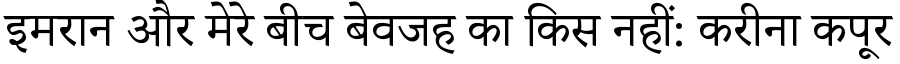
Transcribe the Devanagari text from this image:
इमरान और मेरे बीच बेवजह का किस नहीं: करीना कपूर